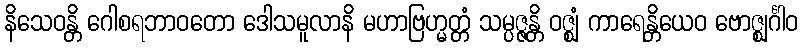
နိသေဝန္တိ ဂေါစရဘာဝတော ဒေါသမူလာနိ မဟာဗြဟ္မတ္တံ သမ္ပဇ္ဇန္တိ ဝဇ္ဈံ ကာရေန္တိယေဝ ဗောဇ္ဈင်္ဂါဝ